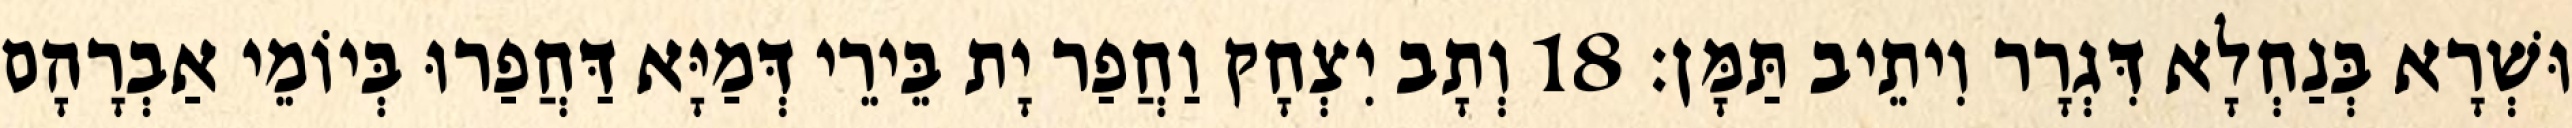
וּשְׁרָא בְּנַחְלָא דִּגְרָר וִיתֵיב תַּמָּן׃ 18 וְתָב יִצְחָק וַחֲפַר יָת בֵּירֵי דְּמַיָּא דַּחֲפַרוּ בְּיוֹמֵי אַבְרָהָם